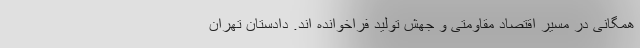
همگانی در مسیر اقتصاد مقاومتی و جهش تولید فراخوانده اند. دادستان تهران